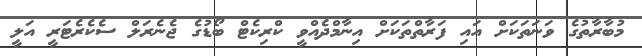
މުބާރާތުގެ ވަނަތަކަށް އައި ފަރާތްތަކަށް އިނާމްދެއްވީ ކްރިކެޓް ބޯޑުގެ ޖެނެރަލް ސެކެރެޓަރީ އަލީ